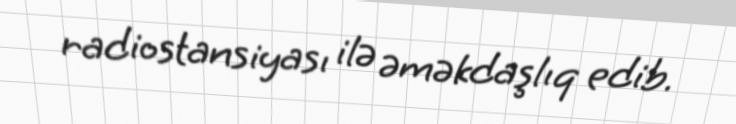
radiostansiyası ilə əməkdaşlıq edib.